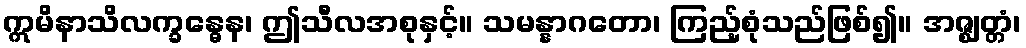
ဣမိနာသိလက္ခန္ဓေန၊ ဤသီလအစုနှင့်။ သမန္နာဂတော၊ ကြည့်စုံသည်ဖြစ်၍။ အဇ္ဈတ္တံ၊